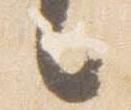
言